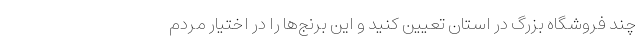
چند فروشگاه بزرگ در استان تعیین کنید و این برنج‌ها را در اختیار مردم